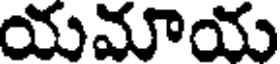
యమాయ